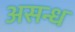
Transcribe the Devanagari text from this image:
असन्ध